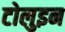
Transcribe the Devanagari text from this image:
टोलुइन